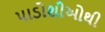
પાડોશીઓથી